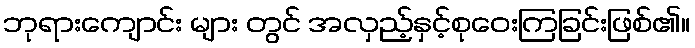
ဘုရားကျောင်း များ တွင် အလှည့်နှင့်စုဝေးကြခြင်းဖြစ်၏။